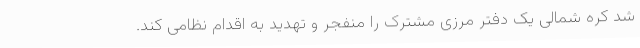
شد کره شمالی یک دفتر مرزی مشترک را منفجر و تهدید به اقدام نظامی کند.